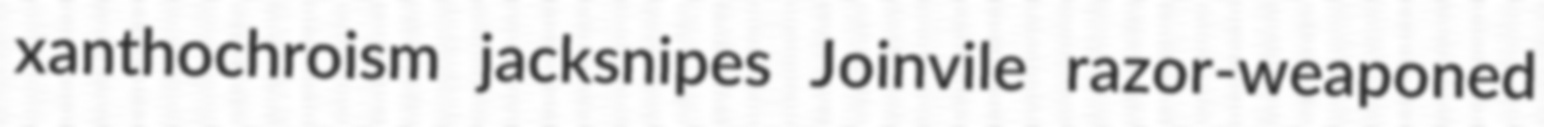
xanthochroism jacksnipes Joinvile razor-weaponed